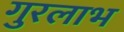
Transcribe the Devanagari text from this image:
गुरलाभ